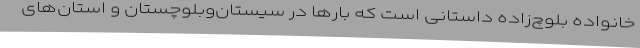
خانواده بلوچ‌زاده داستانی است که بارها در سیستان‌وبلوچستان و استان‌های